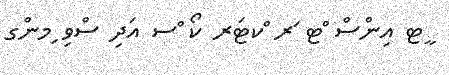
ީޓ އިންސް ްޓ ަރ ްކޓަރ ކޯ ްސ އަދި ސްވި ިމންގ